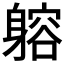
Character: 𨉷